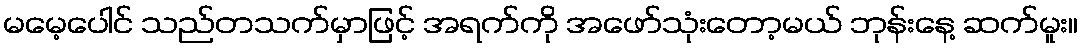
မမေ့ပေါင် သည်တသက်မှာဖြင့် အရက်ကို အဖော်သုံးတော့မယ် ဘုန်းနေ့ ဆက်မူး။